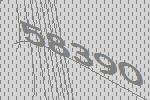
58390